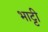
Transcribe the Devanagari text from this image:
भाट्टी